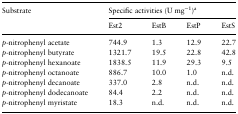
| <ROWSPAN=2> Substrate | <COLSPAN=4> Specific activities (U mg−1)a |
 | Est2 | EstB | EstP | EstS |
 | --- | --- | --- | --- | --- |
 | p-nitrophenyl acetate | 744.9 | 1.3 | 12.9 | 22.7 |
 | p-nitrophenyl butyrate | 1321.7 | 19.5 | 22.8 | 42.8 |
 | p-nitrophenyl hexanoate | 1838.5 | 11.9 | 29.3 | 9.5 |
 | p-nitrophenyl octanoate | 886.7 | 10.0 | 1.0 | n.d. |
 | p-nitrophenyl decanoate | 337.0 | 2.8 | n.d. | n.d. |
 | p-nitrophenyl dodecanoate | 84.4 | 2.2 | n.d. | n.d. |
 | p-nitrophenyl myristate | 18.3 | n.d. | n.d. | n.d. |